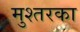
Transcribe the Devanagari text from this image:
मुश्तरका